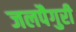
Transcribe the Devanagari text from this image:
जलपैगुरी